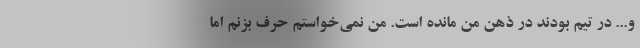
و... در تیم بودند در ذهن من مانده است. من نمی‌خواستم حرف بزنم اما